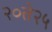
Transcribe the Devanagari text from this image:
२०ते२५